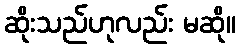
ဆိုးသည်ဟုလည်း မဆို။